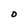
Character: O